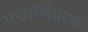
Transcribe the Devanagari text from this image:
परमार्थपरक